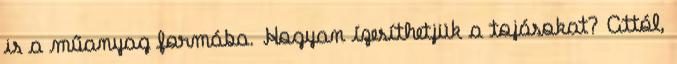
is a műanyag formába. Hogyan ízesíthetjük a tojásokat? Attól,